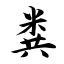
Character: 粪